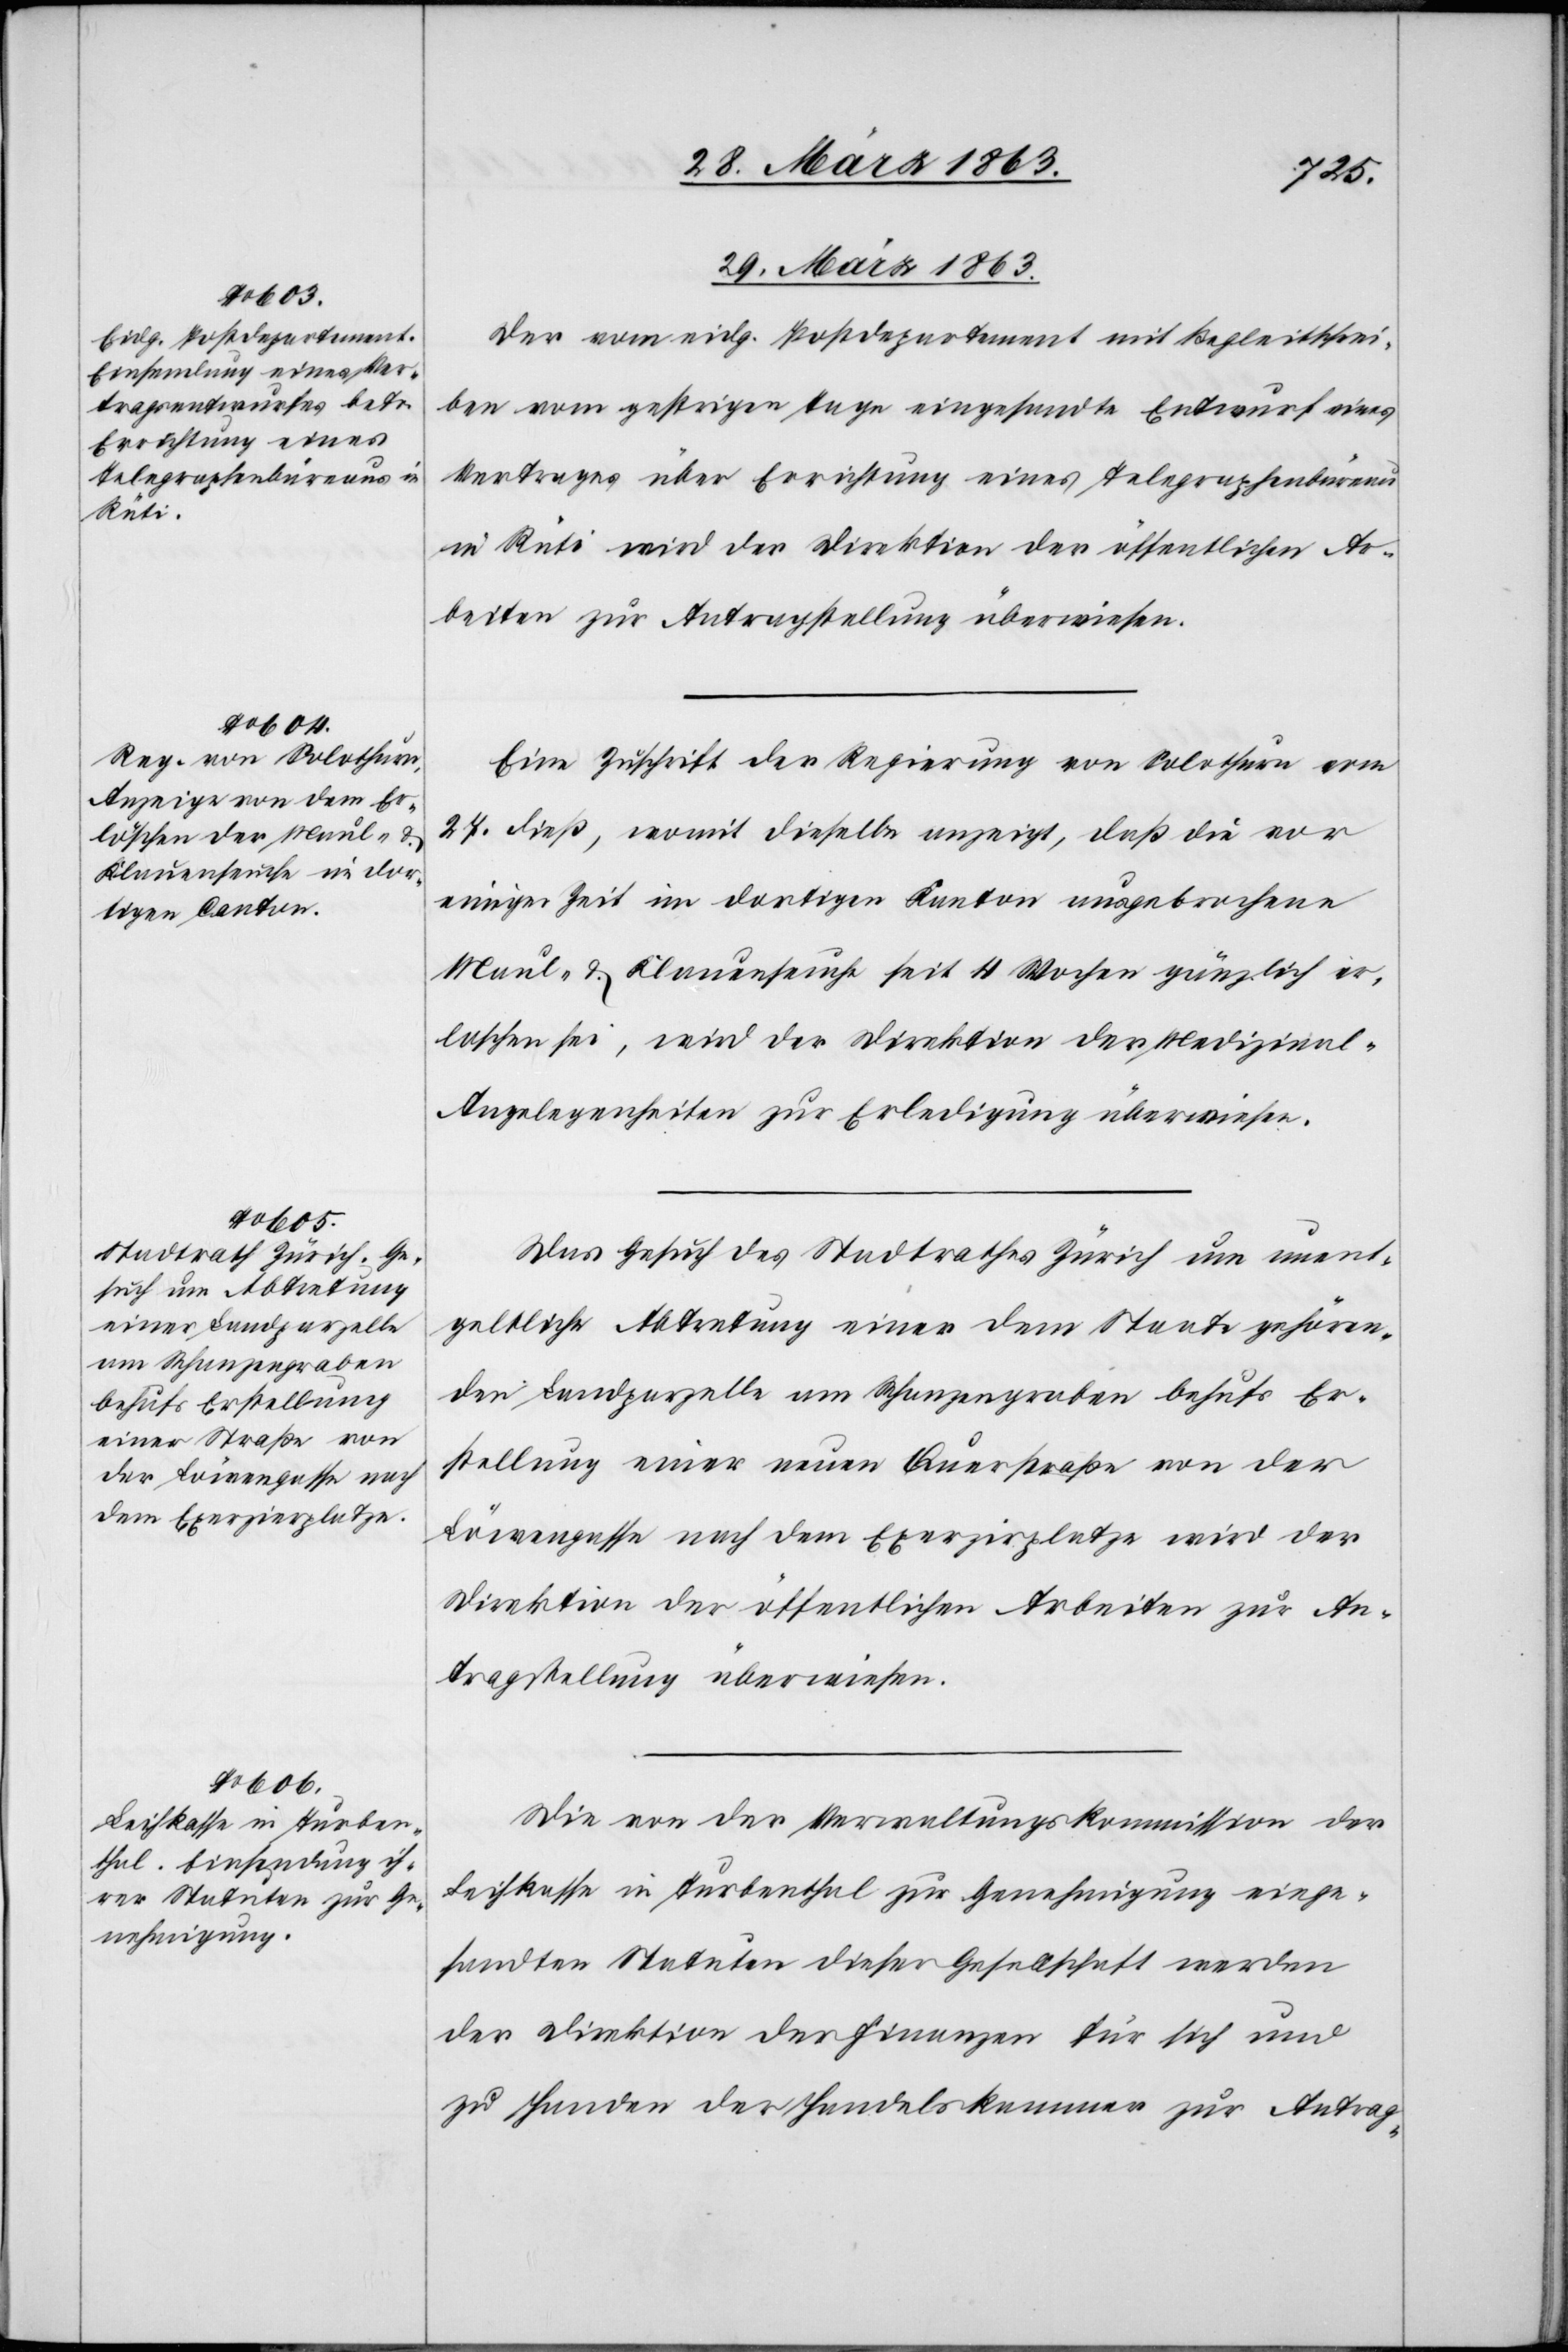
29. März 1863.]
Der vom eidg. Postdepartement mit Begleitschrei¬
ben vom gestrigen Tage eingesandte Entwurf eines
Vertrages über Errichtung eines Telegraphenbüreau
in Rüti wird der Direktion der öffentlichen Ar¬
beiten zur Antragstellung überwiesen.
Eine Zuschrift der Regierung von Solothurn vom
27. dieß, womit dieselbe anzeigt, daß die vor
einziger Zeit im dortigen Kanton ausgebrochene
Maul- & Klauenseuche seit 4 Wochen gänzlich er¬
loschen sei, wird der Direktion der Medizinal-A¬
ngelegenheiten zur Erledigung überwiesen.
Das Gesuch des Stadtrathes Zürich um unent¬
geltliche Abtretung einer dem Staate gehören¬
den Landparzelle am Schanzengraben behufs Er¬
stellung einer neuen Querstraße von der
Löwengasse nach dem Exerzirplatze wird der
Direktion der öffentlichen Arbeiten zur An¬
tragstellung überwiesen.
Die von der Verwaltungskommission der
Leihkassa in Turbenthal zur Genehmigung einge¬
sandten Statuten dieser Gesellschaft werden
der Direktion der Finanzen für sich und
zu Handen der Handelskammer zur Antrag-